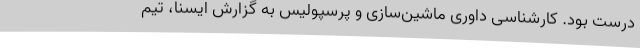
درست بود. کارشناسی داوری ماشین‌سازی و پرسپولیس به گزارش ایسنا، تیم